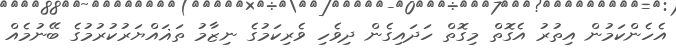
އެހެންކަމުން އިތުރު އެގޮތް މިގޮތް ހަދައިގެން ދިވެހި ވެރިކަމުގެ ނިޒާމު ތަޣައްޔަރުކުރުމުގެ ބޭނުމެއް